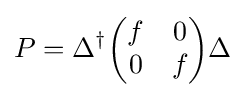
P=\Delta ^{\dagger }{\begin{pmatrix}f&0\\0&f\end{pmatrix}}\Delta